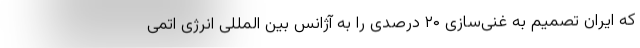
که ایران تصمیم به غنی‌سازی ۲۰ درصدی را به آژانس بین المللی انرژی اتمی